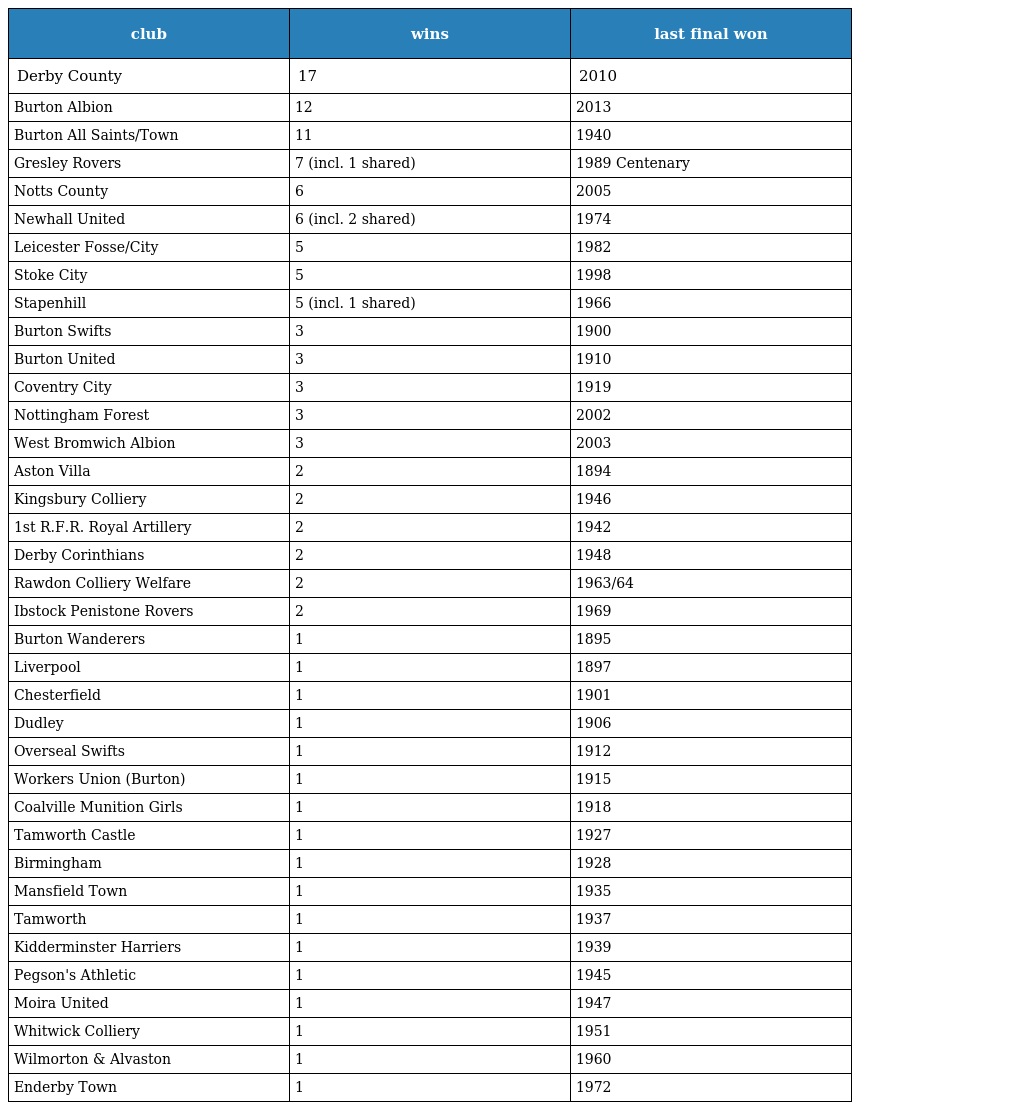
| club | wins | last final won |
 | --- | --- | --- |
 | Derby County | 17 | 2010 |
 | Burton Albion | 12 | 2013 |
 | Burton All Saints/Town | 11 | 1940 |
 | Gresley Rovers | 7 (incl. 1 shared) | 1989 Centenary |
 | Notts County | 6 | 2005 |
 | Newhall United | 6 (incl. 2 shared) | 1974 |
 | Leicester Fosse/City | 5 | 1982 |
 | Stoke City | 5 | 1998 |
 | Stapenhill | 5 (incl. 1 shared) | 1966 |
 | Burton Swifts | 3 | 1900 |
 | Burton United | 3 | 1910 |
 | Coventry City | 3 | 1919 |
 | Nottingham Forest | 3 | 2002 |
 | West Bromwich Albion | 3 | 2003 |
 | Aston Villa | 2 | 1894 |
 | Kingsbury Colliery | 2 | 1946 |
 | 1st R.F.R. Royal Artillery | 2 | 1942 |
 | Derby Corinthians | 2 | 1948 |
 | Rawdon Colliery Welfare | 2 | 1963/64 |
 | Ibstock Penistone Rovers | 2 | 1969 |
 | Burton Wanderers | 1 | 1895 |
 | Liverpool | 1 | 1897 |
 | Chesterfield | 1 | 1901 |
 | Dudley | 1 | 1906 |
 | Overseal Swifts | 1 | 1912 |
 | Workers Union (Burton) | 1 | 1915 |
 | Coalville Munition Girls | 1 | 1918 |
 | Tamworth Castle | 1 | 1927 |
 | Birmingham | 1 | 1928 |
 | Mansfield Town | 1 | 1935 |
 | Tamworth | 1 | 1937 |
 | Kidderminster Harriers | 1 | 1939 |
 | Pegson's Athletic | 1 | 1945 |
 | Moira United | 1 | 1947 |
 | Whitwick Colliery | 1 | 1951 |
 | Wilmorton & Alvaston | 1 | 1960 |
 | Enderby Town | 1 | 1972 |